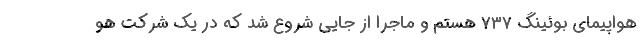
هواپیمای بوئینگ ۷۳۷ هستم و ماجرا از جایی شروع شد که در یک شرکت هو